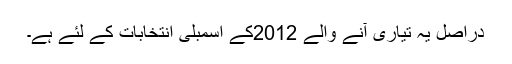
دراصل یہ تیاری آنے والے 2012کے اسمبلی انتخابات کے لئے ہے۔